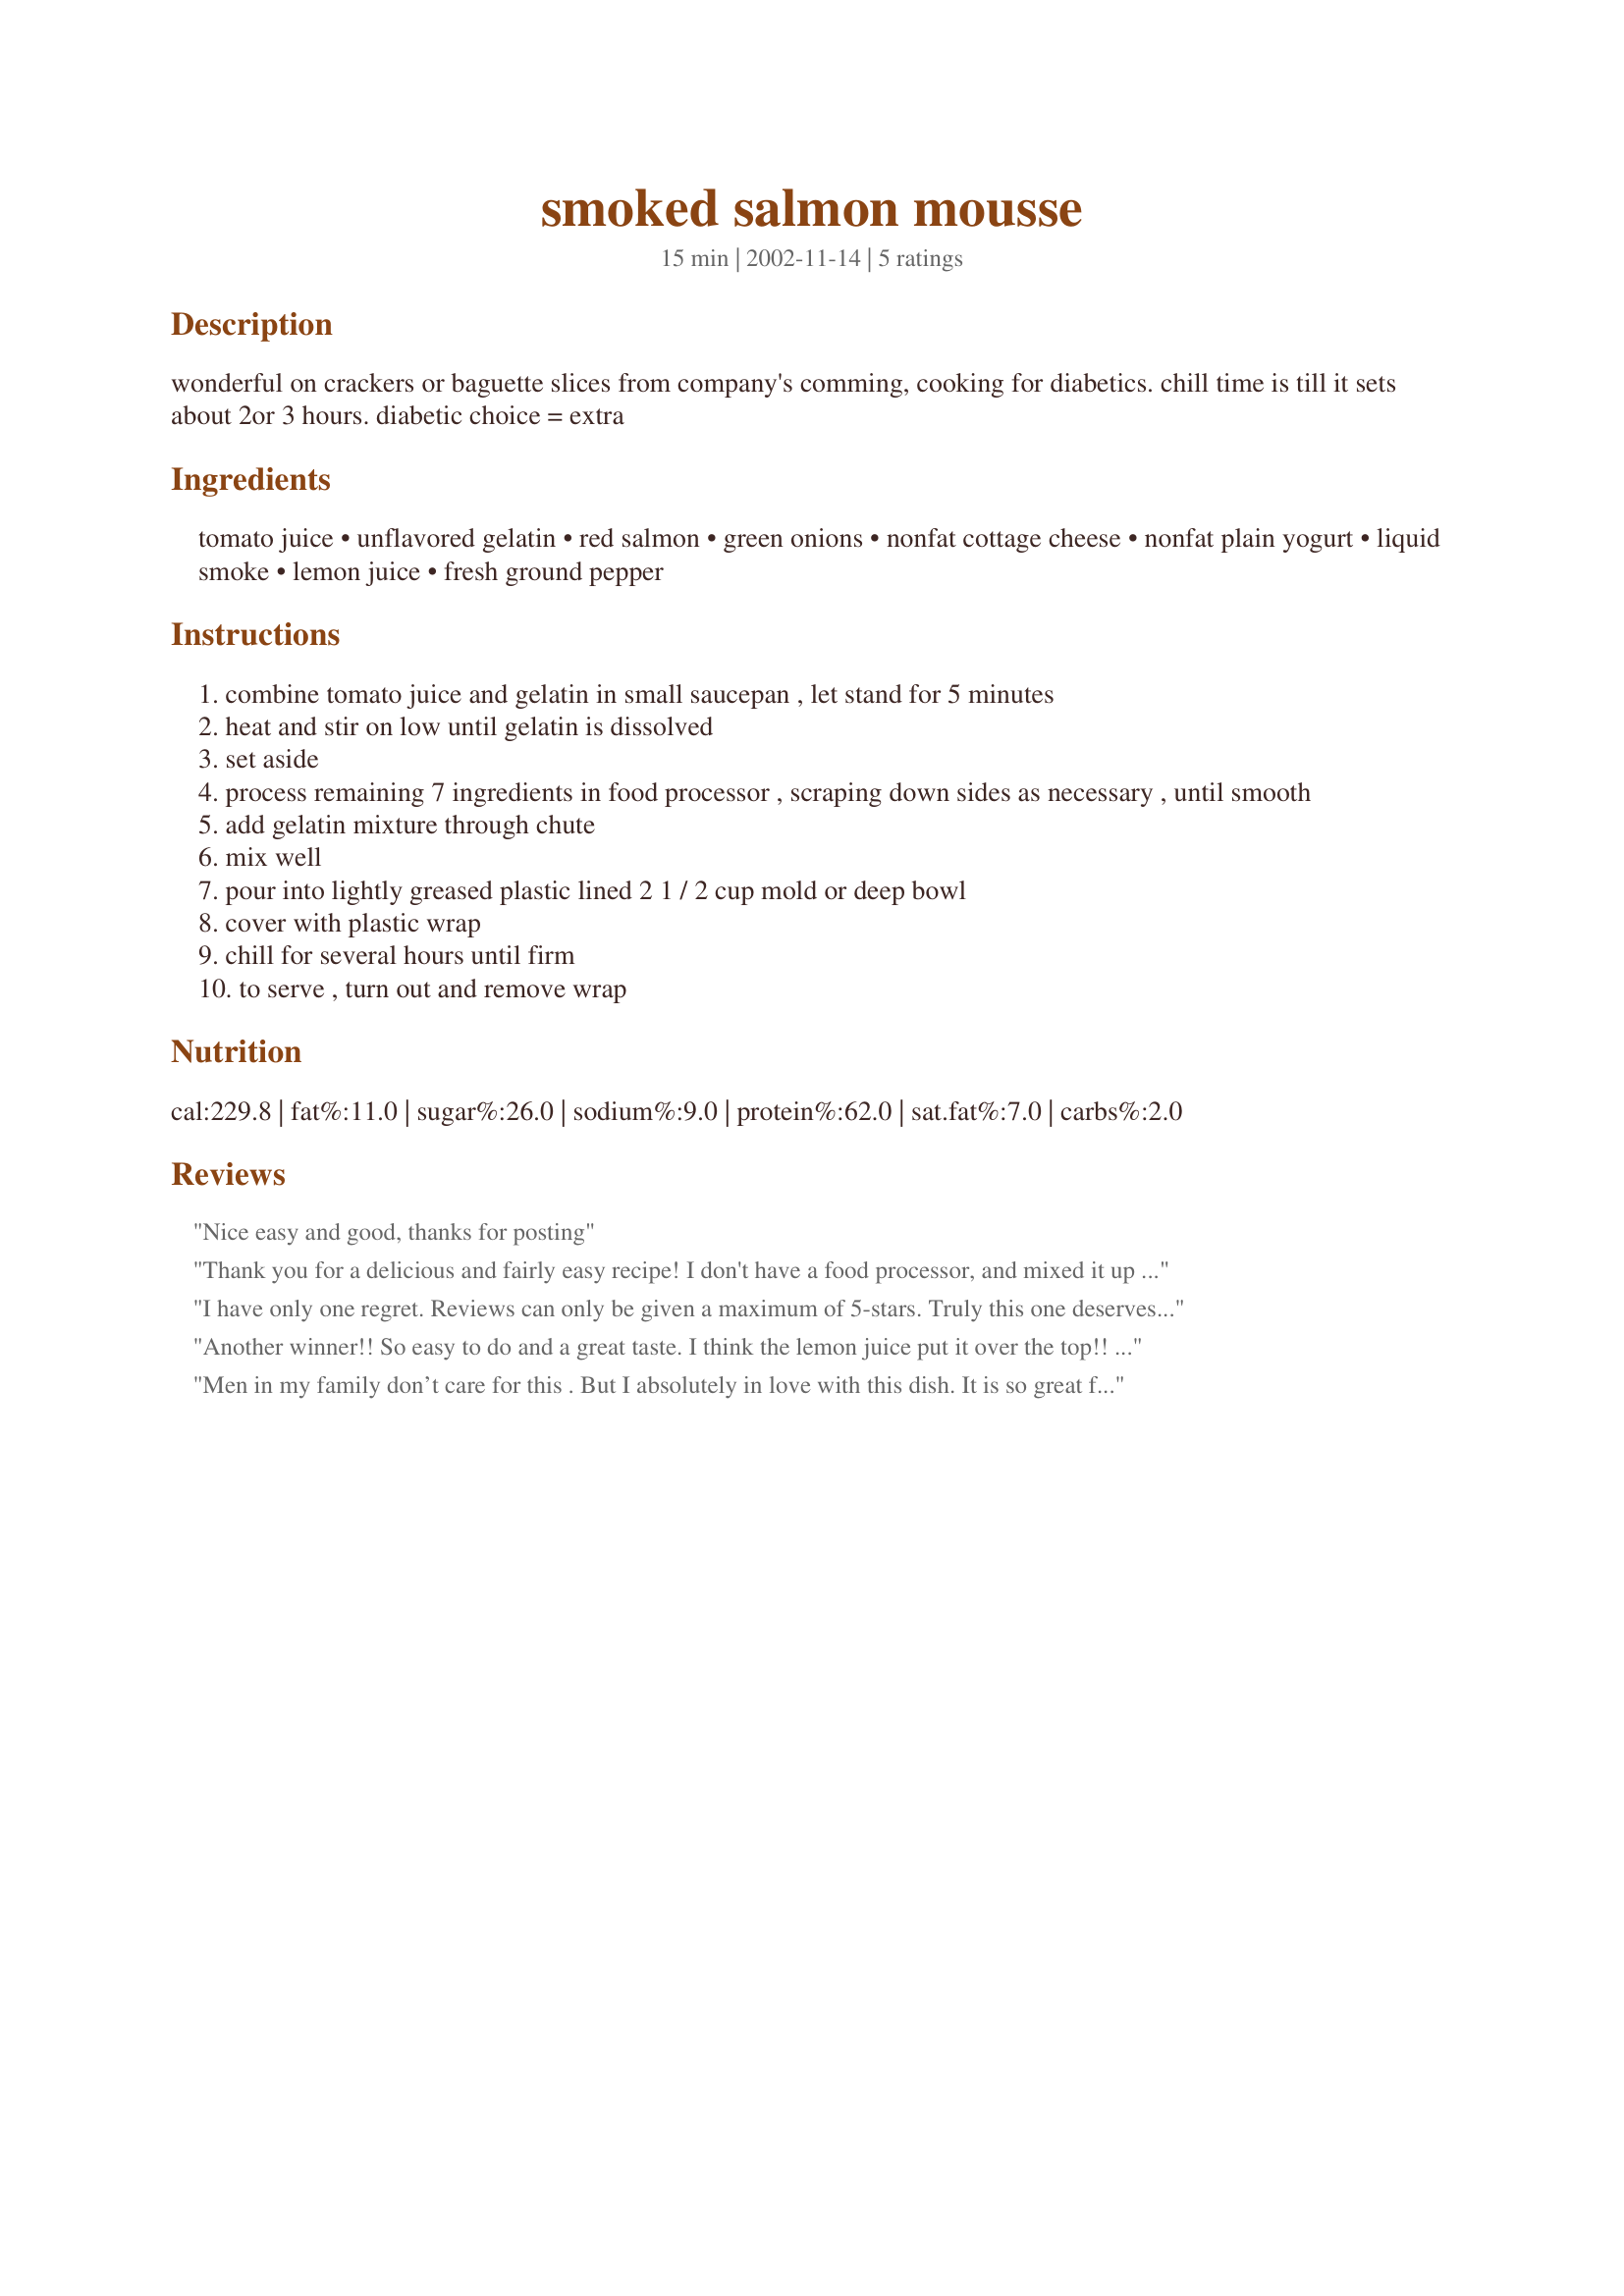
smoked salmon mousse
Preparation time: 15 minutes

wonderful on crackers or baguette slices from company's comming, cooking for diabetics. chill time is till it sets about 2or 3 hours. diabetic choice = extra

Ingredients:
tomato juice, unflavored gelatin, red salmon, green onions, nonfat cottage cheese, nonfat plain yogurt, liquid smoke, lemon juice, fresh ground pepper

Steps:
combine tomato juice and gelatin in small saucepan , let stand for 5 minutes
heat and stir on low until gelatin is dissolved
set aside
process remaining 7 ingredients in food processor , scraping down sides as necessary , until smooth
add gelatin mixture through chute
mix well
pour into lightly greased plastic lined 2 1 / 2 cup mold or deep bowl
cover with plastic wrap
chill for several hours until firm
to serve , turn out and remove wrap

Reviews:
Nice easy and good, thanks for posting
Thank you for a delicious and fairly easy recipe! I don't have a food processor, and mixed it up in my stand mixer. I ended up with a mousse that had tiny white flecks from the cottage cheese. It still tastes great, its just a matter of presentation. Next time I will press the cottage cheese through a seive before adding to the salmon mixture.
I have only one regret. Reviews can only be given a maximum of 5-stars. Truly this one deserves more. I followed the recipe exactly, with perfect results; used the cuisinart; processed the ingredients until the mixture was smooth as silk; poured it into the mold - Two days later, I remembered what was in the refrigerator. OH MAMMA, is all I can say. Because of diabetes, I did not eat too many pieces of baguette, but I promise you, a spoonful goes down just as nicely as if spread on bread. We enjoy watching TV sports and having this Smoked Salmon Mousse as an addition to our "nibbles" invited the comment "Why don't you make this for all our TV time?" The recipe is extremely easy to follow and one which I will keep ready on my kitchen cork board. It will make an excellent contribution to the Pot-luck table for our next "Golf-for-fun" tournament in July. Thank you Derf for sharing.
Another winner!! So easy to do and a great taste. I think the lemon juice put it over the top!! I bumped up the amount of juice and liquid smoke a bit. It is on my list for another brunch coming up soon. Thanks again Dorothy.
Men in my family don’t care for this . But I absolutely in love with this dish. It is so great for our hot summer. The preparing doesn’t require to hit up the kitchen and the mousse is pleasantly cold when you eat it. I have done this dish 2 days in a row. I took a picture of some leftovers (have troubles posting) and I'm going to do it again ASAP. Thank you, Derf.
